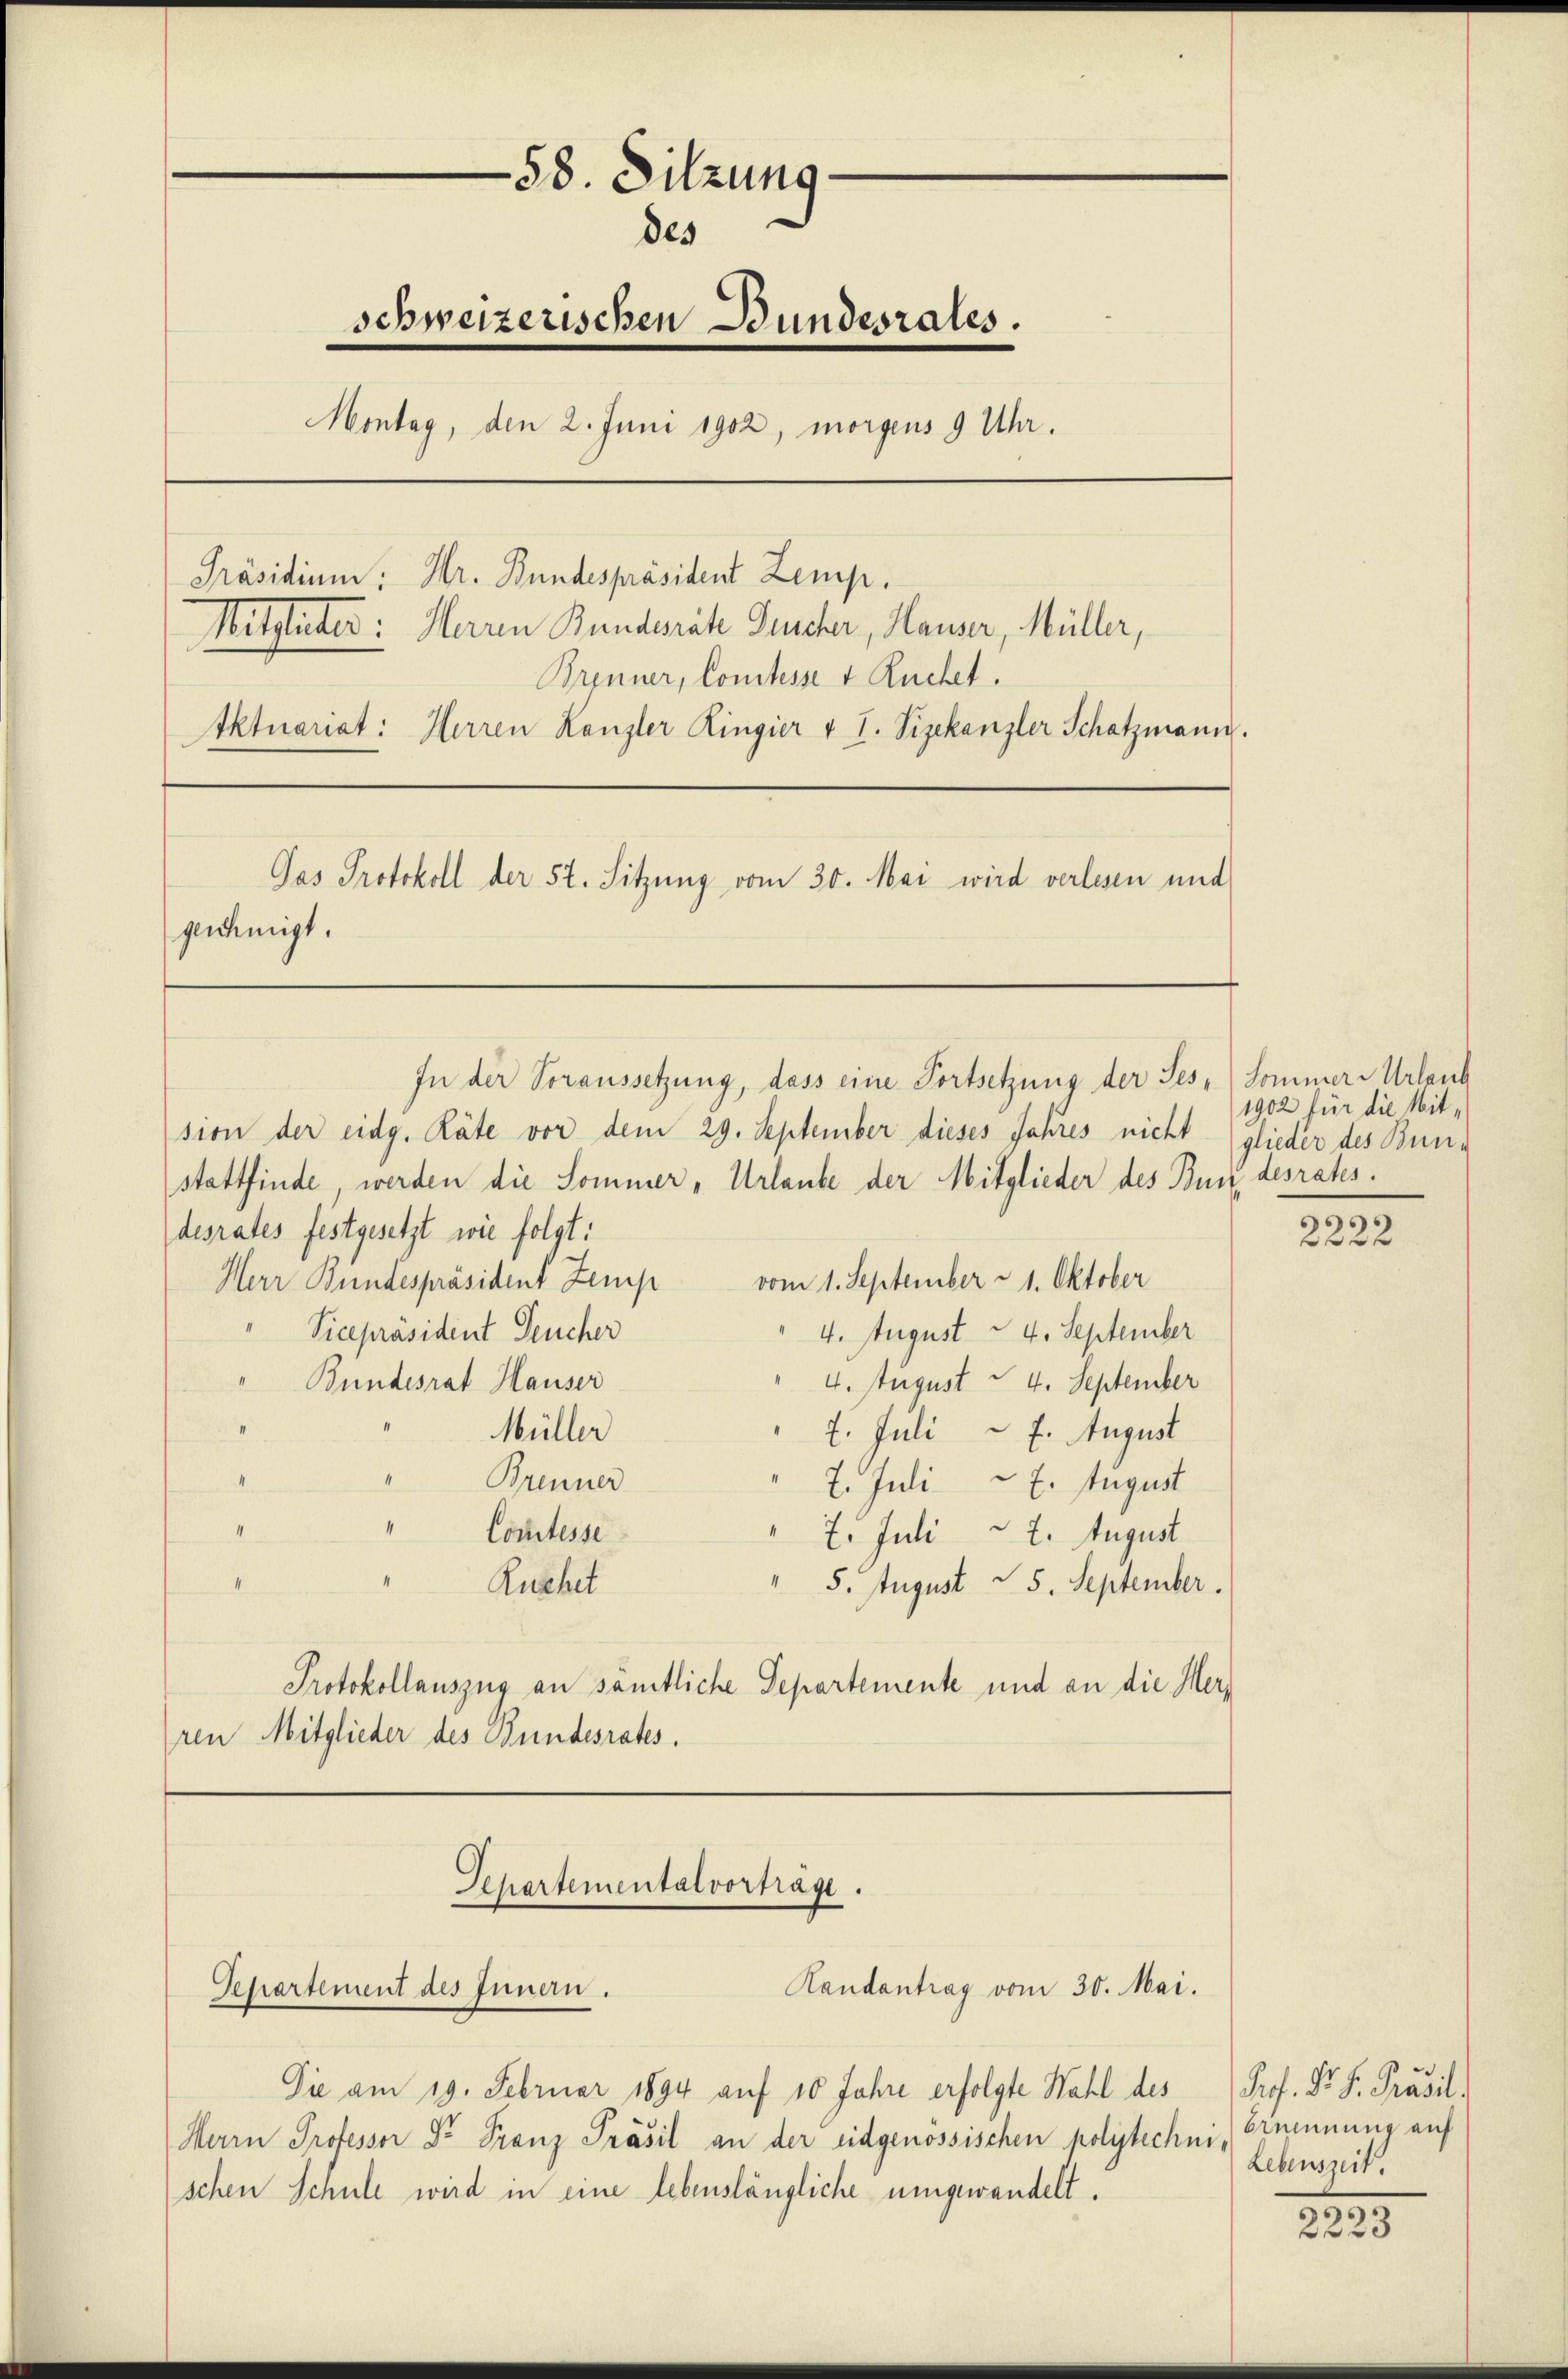
58. Sitzung
des
schweizerischen Bundesrates.
Montag, den 2. Juni 1902, morgens 9 Uhr.
Präsidium: Hr. Bundespräsident Zemp.
Mitglieder: Herren Bunderäte Sucher, Hauser, Müller,
Brenner, Comtesse & Ruchet.

Iktuariat: Herren Kanzler Ringier v T. Vizekanzler Schatzmann.

genehmigt.

Gas Protokoll der St. Sitzung vom 30. Mai wird verlesen und

In der Voraussetzung, dass eine Fortsetzung der Ses. Sommer-Urlaub
sion der eidg. Räte vor dem 29. September dieses Jahres nicht (glieder des Bunstattfinde werden die Sommer „Urlaube der Mitglieder des Bundesrates.
desrates festgesetzt wie folgt:
Herr Bundespräsident Zemp vom 1. September & 1. Oktober
Vicepräsident Feucher
4. August 4. September
Bundesrat Hauser
4. August 4. September
Müller
7. Juli - 7. August
Brenner
7. Juli 7. August
d
Comtesse
7. Juli 2. August
5. August 25. September.
Ruchet
Protokollauszug an sämtliche Departemente und an die Herren Mitglieder des Bundesrates.

Die am 19. Februar 1894 auf 10 Jahre erfolgte Wahl des Prof. Dr. F. Präsil¬
Herrn Professor Dr. Franz Präsil an der eidgenössischen polytechnischen Schule wird in eine lebenslängliche umgewandelt.

Sehartemental vorträge.
Landantrag vom 30. Mai.
Separtement des Innen.

1902 für die Mit¬

2222

brennung auf
Lebenszeit.

2223